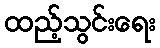
ထည့်သွင်းရေး